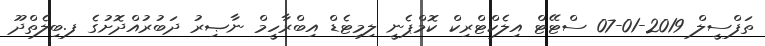
ތަފްސީލް 2019-01-07 ސްޓޭޓް އިލެކްޓްރިކް ކޮމްޕެނީ ލިމިޓެޑް އިބްރާހީމް ނާޞިރު ދަބުރުއްދޮށުގެ ފ.ބިލެތްދޫ